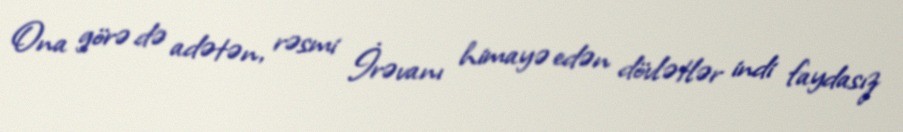
Ona görə də adətən, rəsmi İrəvanı himayə edən dövlətlər indi faydasız